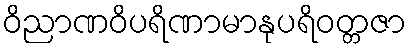
ဝိညာဏဝိပရိဏာမာနုပရိဝတ္တဇာ